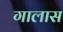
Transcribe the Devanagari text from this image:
गालास